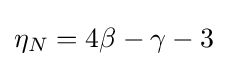
\eta _{N}=4\beta -\gamma -3